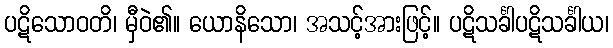
ပဋိသောဝတိ၊ မှီဝဲ၏။ ယောနိသော၊ အသင့်အားဖြင့်။ ပဋိသင်္ခါပဋိသင်္ခါယ၊